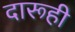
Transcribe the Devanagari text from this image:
दारूही